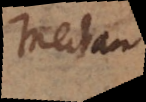
Mechan